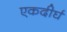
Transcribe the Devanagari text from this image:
एकदीर्घ